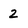
Character: 2